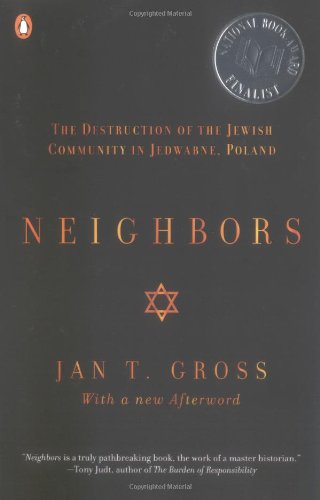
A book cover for Neighbors: The Destruction of the Jewish Community in Jedwabne, Poland; Jan T. Gross; History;